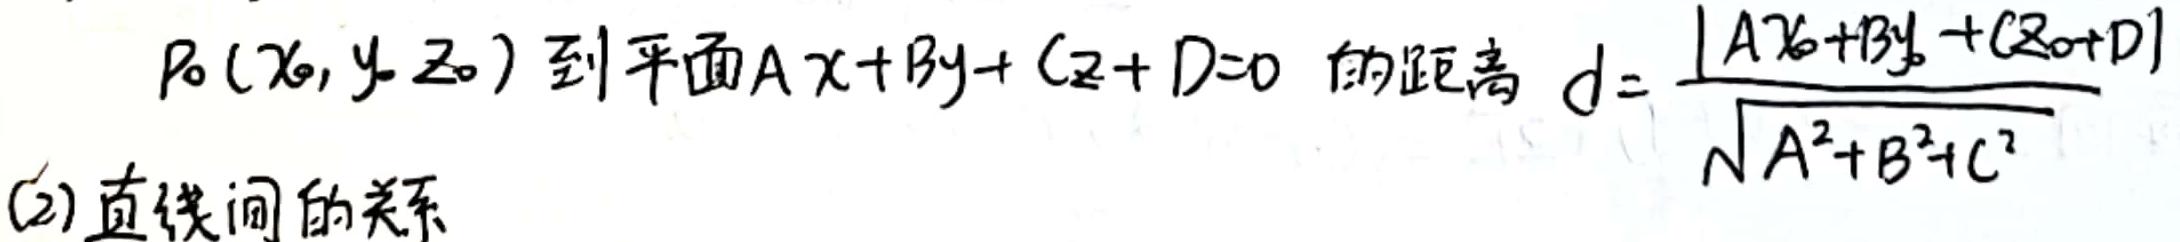
$P_0(x_0,y_0,z_0)$ 到平面 $Ax + By + Cz + D = 0$ 的距离 $d = \frac{\vert Ax_0 + By_0 + Cz_0 + D\vert}{\sqrt{A^2 + B^2 + C^2}}$

(2) 直线间的关系